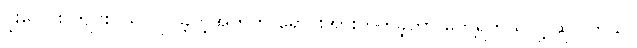
ပူးပေါင်း ကျင်းပသူ လုပ်ခဲ့တဲ့အတွက် ရောင်းအားတက်ခဲ့တာ တွေ့ရတယ်လို့ ဆိုပါတယ်။